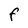
Character: F